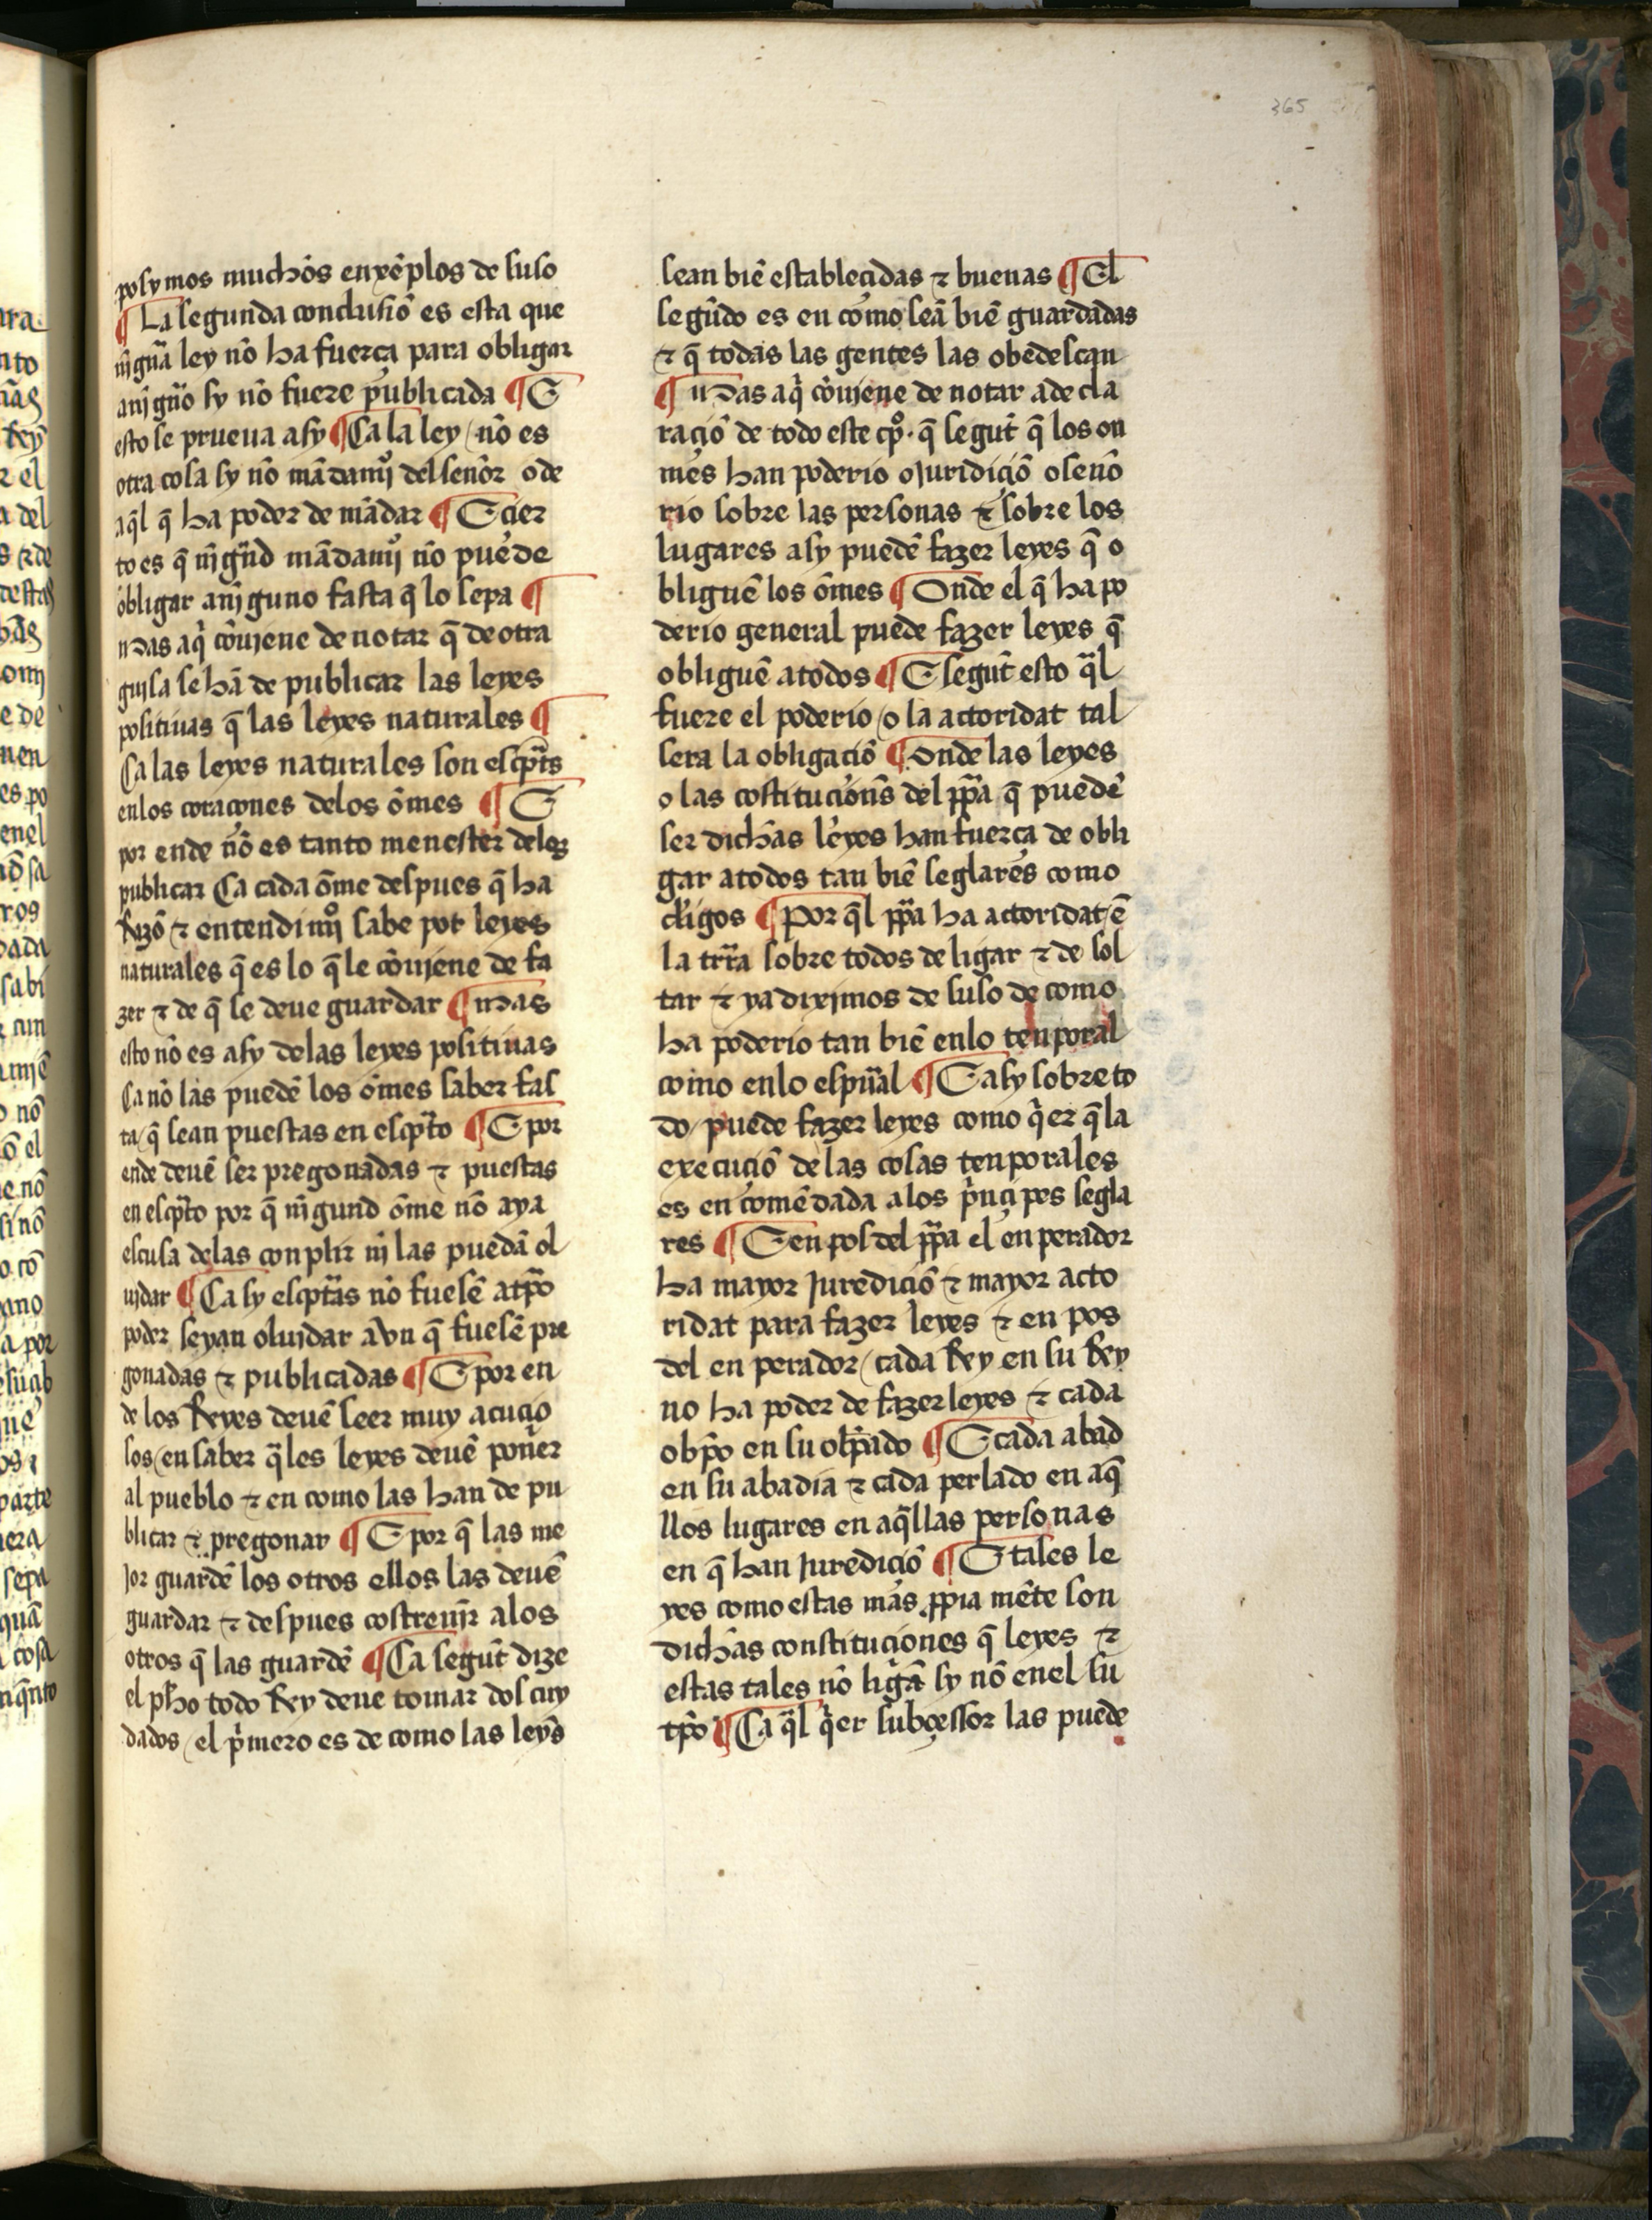
Shelfmark: Salamanca, Biblioteca Histórica USAL, 2709
Century: 15